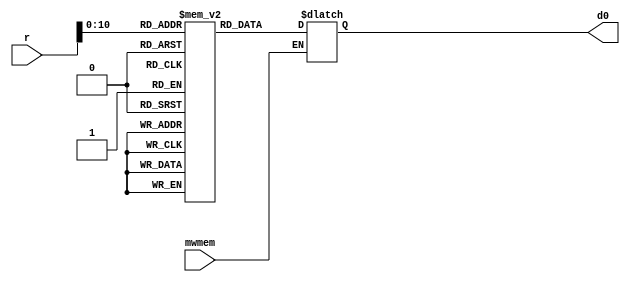
`timescale 1ns / 1ps
//////////////////////////////////////////////////////////////////////////////////
// Company: 
// Engineer: 
// 
// Design Name: 
// Module Name:    Data_Memory 
// Project Name: 
// Target Devices: 
// Tool versions: 
// Description: 
//
// Dependencies: 
//
// Revision: 
// Revision 0.01 - File Created
// Additional Comments: 
//
//////////////////////////////////////////////////////////////////////////////////
module Data_Memory(
input mwmem,
input [31:0] r,
output reg [31:0] d0
    );

reg [31:0] memory [0:2047];
 integer i=0;
initial
begin
 for(i=10;i<2047;i=i+1)
  memory[i]=0;
  
  memory[0]=32'hA00000AA;
  memory[1]=32'h10000011;
  memory[2]=32'h20000022;
  memory[3]=32'h30000033;
  memory[4]=32'h40000044;
  memory[5]=32'h50000055;
  memory[6]=32'h60000066;
  memory[7]=32'h70000077;
  memory[8]=32'h80000088;
  memory[9]=32'h90000099;
  
end

	always@(*)
	begin
	if(mwmem)
		d0<=memory[r[10:0]];
	end

endmodule